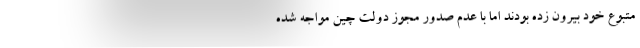
متبوع خود بیرون زده بودند اما با عدم صدور مجوز دولت چین مواجه شده